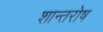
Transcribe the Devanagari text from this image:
शान्तरोष